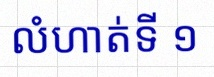
លំហាត់ទី ១